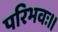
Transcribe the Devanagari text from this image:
परिभवः।।